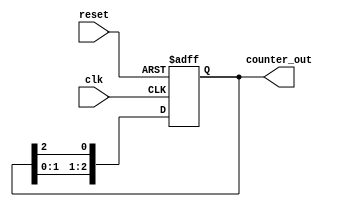
module ring_counter #(parameter N = 3) (
    input wire clk,                // Clock input
    input wire reset,              // Asynchronous reset input
    output reg [N-1:0] counter_out // Output of the ring counter
);

// Always block to handle the synchronous logic of the ring counter
always @(posedge clk or posedge reset) begin
    if (reset) begin
        // Initialize the counter to a known state (e.g., 000...001)
        counter_out <= 1'b1;      // Start with the least significant bit set
    end else begin
        // Shift the '1' through the ring
        counter_out <= {counter_out[N-2:0], counter_out[N-1]};
    end
end

endmodule